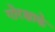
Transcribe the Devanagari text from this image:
गोरक्षाके